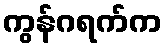
ကွန်ဂရက်က